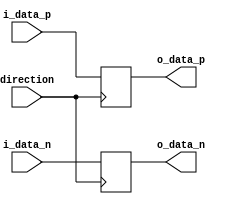
module differential_buffer (
    input wire i_data_p,
    input wire i_data_n,
    output reg o_data_p,
    output reg o_data_n,
    input wire direction
);

    always @ (posedge direction) begin
        if (direction == 1'b1) begin
            o_data_p <= i_data_p;
            o_data_n <= i_data_n;
        end else begin
            o_data_p <= 1'bZ;
            o_data_n <= 1'bZ;
        end
    end

endmodule